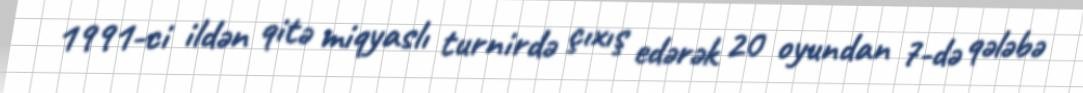
1991-ci ildən qitə miqyaslı turnirdə çıxış edərək 20 oyundan 7-də qələbə